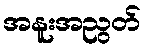
အနူးအညွတ်